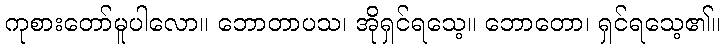
ကုစားတော်မူပါလော။ ဘောတာပသ၊ အိုရှင်ရသေ့။ ဘောတော၊ ရှင်ရသေ့၏။